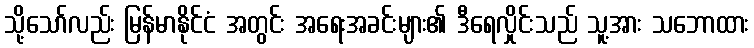
သို့သော်လည်း မြန်မာနိုင်ငံ အတွင်း အရေးအခင်းများ၏ ဒီရေလှိုင်းသည် သူ့အား သဘောထား